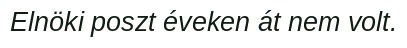
Elnöki poszt éveken át nem volt.